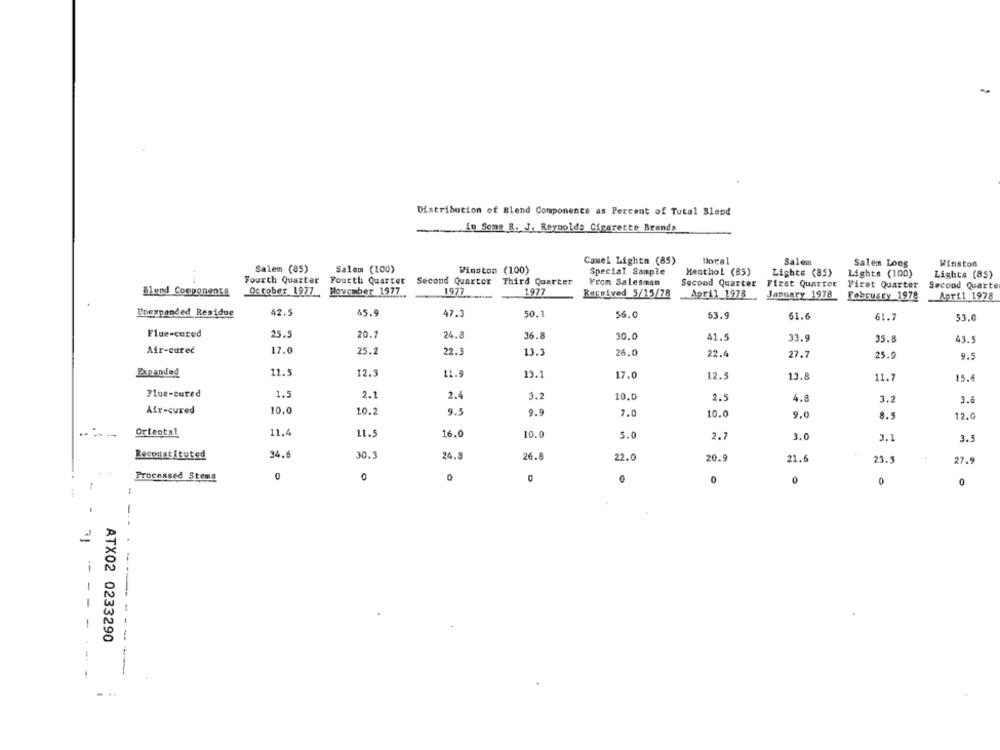
Distribucion of Blend Components as Percent of Total Blend
in Some R. J. Reynolds Cigarette Brands
Camel Lighta (85)
Doral
Salem
Salen Loog
Winston
Salem (85)
Salem (100)
Winston (100)
Special. Sample
Menthol (85)
Lights (85)
Lights (100)
Lights (85)
....
Fourth Quarter
Fourth Quarter
Second Quarter
Third Quarter
From Salesman
Second Quarter
First Quarter
First Quarter
Second Quarte
Blend Components
October 1977
November 1977
1977
1977
Received 5/15/78
April 1978
January 1978
February 1978
April 1978
Unexpanded Residue
42.5
45.9
47.3
50.1
56.0
63.9
61.6
61.7
53.0
Flue-cured
25.5
20.7
24.8
36.8
30.0
41.5
33.9
35.8
43.5
Air-cured
17.0
25.2
22.3
13.3
26.0
22.4
27.7
25.9
9.
Expanded
11.5
12.3
11.9
13.1
17.0
12.5
13.8
11.7
15.6
Flue-cured
1.5
2.1
2.4
3.2
10.0
2.5
4.8
3.2
3.6
Air-cured
10.0
10.2
9.5
9.9
7.0
10.0
9.0
8.5
12.0
--
Oriental
11.4
11.5
16.0
10.0
5.0
2.7
3.0
3.1
3.3
Reconstituted
34.6
30.3
24.8
26.8
22.0
20.9
21.6
23.5
27.9
Processed Stems
0
0
D
0
0
0
-
-- -- -
ATX02 0233290
---
. ..